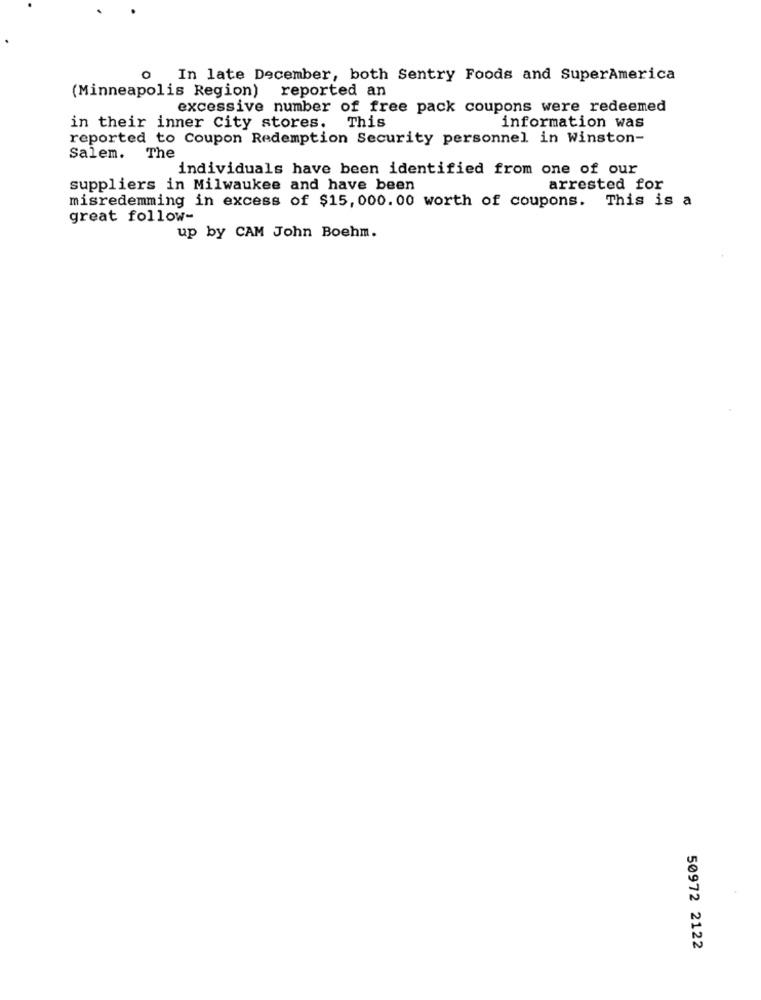
o In late December, both Sentry Foods and SuperAmerica
(Minneapolis Region) reported an
excessive number of free pack coupons were redeemed
in their inner city stores. This
information was
reported to Coupon Redemption Security personnel in Winston-
Salem. The
individuals have been identified from one of our
suppliers in Milwaukee and have been
arrested for
misredemming in excess of $15, 000.00 worth of coupons. This is a
great follow-
up by CAM John Boehm.
50972 2122